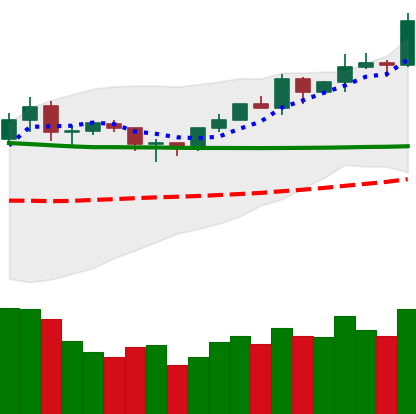
Ticker: ETH-USD
Chart end date: 2020-02-05
Forward return: 9.446%
Label: up_7plus